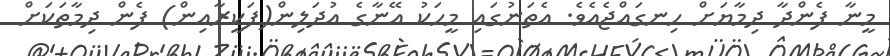
މީނާ ފެންދާ ދިމާޔަށް ހިނގައްޖެއެވެ. އެތަނުގައި މީހަކު އޭނާގެ އުދަލިން(ފަކީރާއިން) ފެން ދިމާތަކަށް